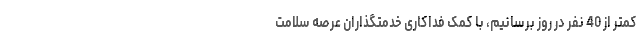
کمتر از 40 نفر در روز برسانیم، با کمک فداکاری خدمتگذاران عرصه سلامت